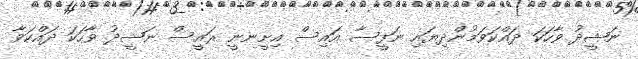
ނަޝީދު ވާހަކަ ދައްކަވަމުންދިޔައި ނަފީސާ އައިސް އިށީނނީ ރައީސް ނަޝީދު ވާހަކަ ދައްކަވާ